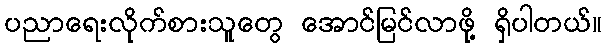
ပညာရေးလိုက်စားသူတွေ အောင်မြင်လာဖို့ ရှိပါတယ်။